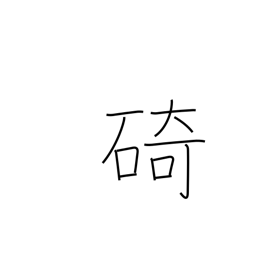
Meaning: cape